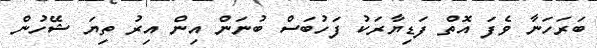
ބަރަހަނާ ވެފަ އޮތް ފަޑިޔާރަކު ފަހުބަސް ބުނަން އިން އިރު ތިޔަ ޝޭހުން